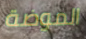
الموضة